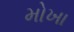
મોખા